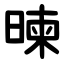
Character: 暕